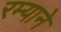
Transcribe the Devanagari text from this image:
रम्याने